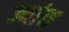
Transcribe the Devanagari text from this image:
ज्यांस